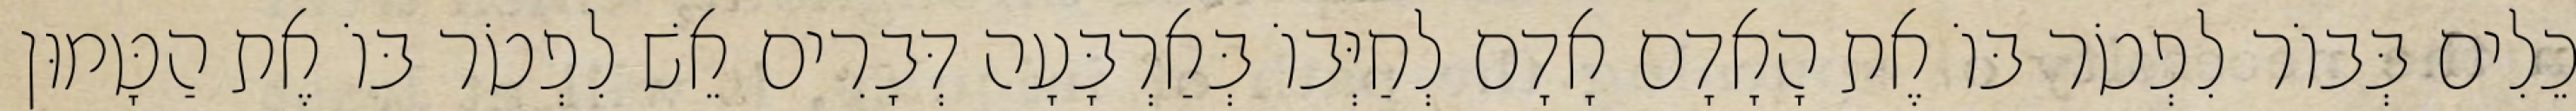
כֵלִים בְּבוֹר לִפְטֹר בּוֹ אֶת הָאָדָם אָדָם לְחַיְּבוֹ בְּאַרְבָּעָה דְּבָרִים אֵשׁ לִפְטֹר בּוֹ אֶת הַטָּמוּן